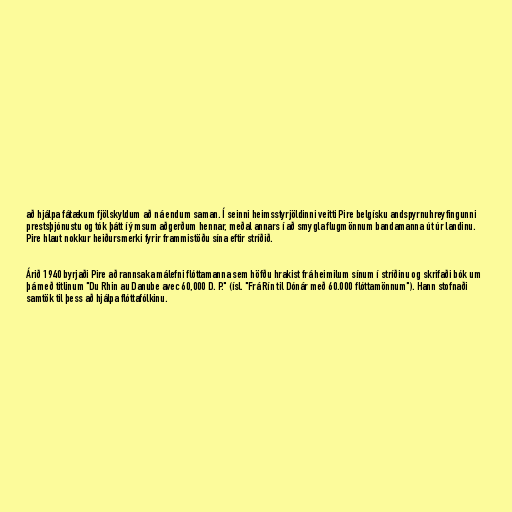
að hjálpa fátækum fjölskyldum að ná endum saman. Í seinni heimsstyrjöldinni veitti Pire belgísku andspyrnuhreyfingunni
prestsþjónustu og tók þátt í ýmsum aðgerðum hennar, meðal annars í að smygla flugmönnum bandamanna út úr landinu.
Pire hlaut nokkur heiðursmerki fyrir frammistöðu sína eftir stríðið.

Árið 1940 byrjaði Pire að rannsaka málefni flóttamanna sem höfðu hrakist frá heimilum sínum í stríðinu og skrifaði bók um
þá með titlinum "Du Rhin au Danube avec 60,000 D. P." (ísl. "Frá Rín til Dónár með 60.000 flóttamönnum"). Hann stofnaði
samtök til þess að hjálpa flóttafólkinu.